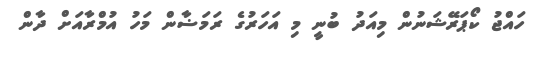
ހައްޖު ކޯޕަރޭޝަނުން މިއަދު ބުނީ މި އަހަރުގެ ރަމަޟާން މަހު އުމްރާއަށް ދާން